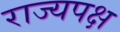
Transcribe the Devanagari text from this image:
राज्यपक्ष